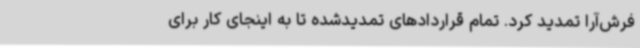
فرش‌آرا تمدید کرد. تمام قراردادهای تمدیدشده تا به اینجای کار برای